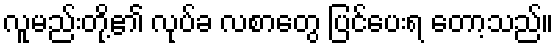
လူမည်းတို့၏ လုပ်ခ လစာတွေ ပြင်ပေးရ တော့သည်။